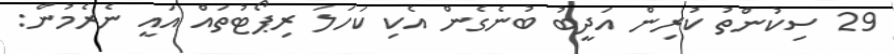
29 ސިކުންތު ކުރިން އަދީބު ބުނެގެން އެކި ކަހަލަ ރިޕޯޓުތައް އައީ ނެރެމުން: